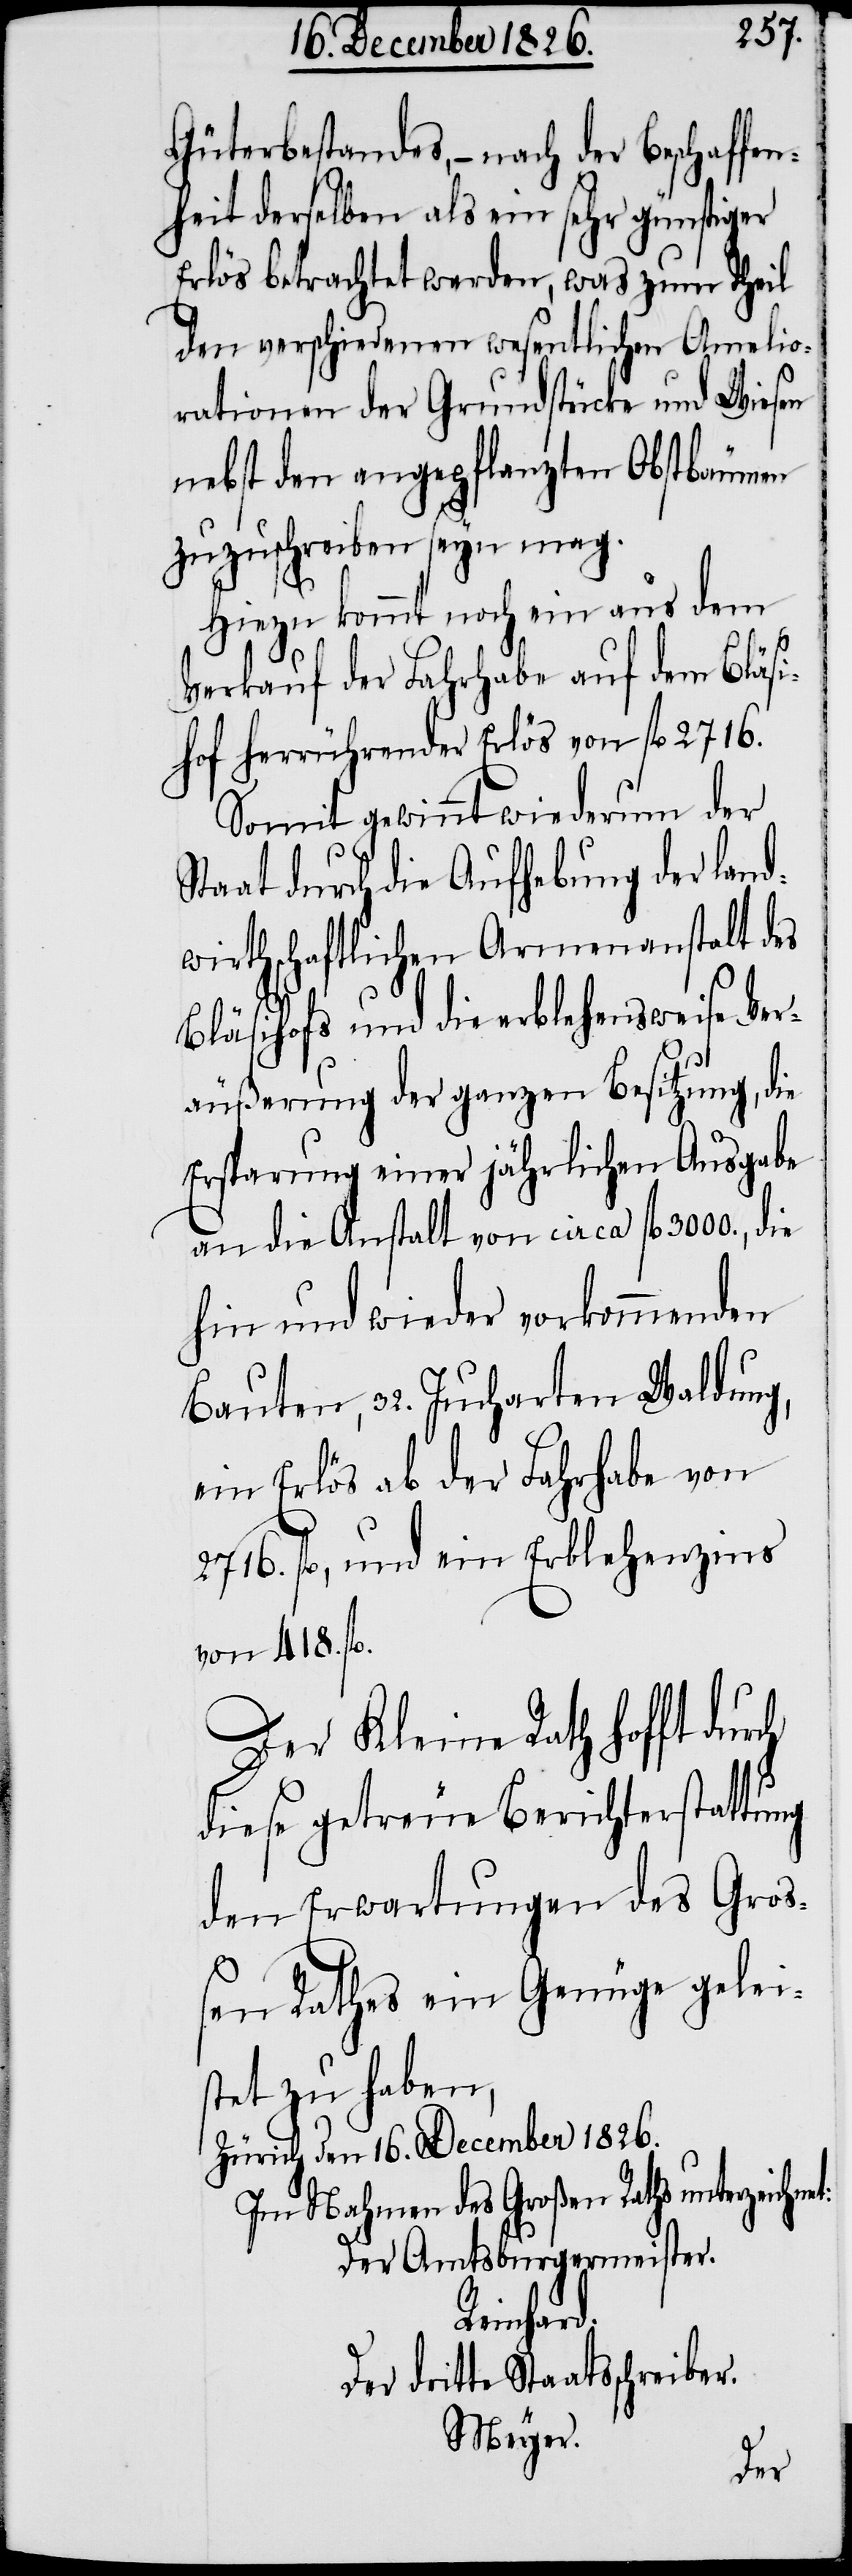
Güterbestandes, – nach der Beschaffen¬
heit derselben als ein sehr günstiger
Erlös betrachtet werden, was zum Theil
den verschiedenen wesentlichen Amelio¬
rationen der Grundstücke und Wiesen
nebst den angepflanzten Obstbäumen
zuzuschreiben seyn mag.
Hiezu kommt noch ein aus dem
Verkauf der Fahrhabe auf dem Bläsi¬
hof herrührender Erlös von fl. 2716.
Somit gewinnt wiederum der
Staat durch die Aufhebung der land¬
wirthschaftlichen Armenanstalt des
Bläsihofs und die erblehensweise Ver¬
äußerung der ganzen Besitzung, die
Ersparung einer jährlichen Ausgabe
an die Anstalt von circa fl. 300., die
hin und wieder vorkommenden
Bauten, 32. Jucharten Waldung,
ein Erlös ab der Fahrhabe von
2716. fl., und ein Erblehenzins
von 418. fl.
Der Kleine Rath hofft dur¬
diese getreue Berichterstattung
den Erwartungen des Groß¬
en Rathes ein Genüge gelei¬
stet zu haben,
Zürich den 16. December 1826.
Im Nahmen des Großen Raths unterzeichnet:
Der Amtsburgermeister.
Reinhard.
Der dritte Staatsschreiber.
Meyer.
ch